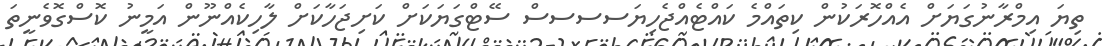
ތިޔަ އިމްރާނުގަޔަށް އެއްހޮރަކުން ކިތައްމެ ކައްޓެއްޖެހިޔަސސސސް ސޭޓްގަޔަކަށް ކަށިޖަހާކަށް ލާހިކެއްނޫން އަމީނު ކޮސްގޮވެނީތަ